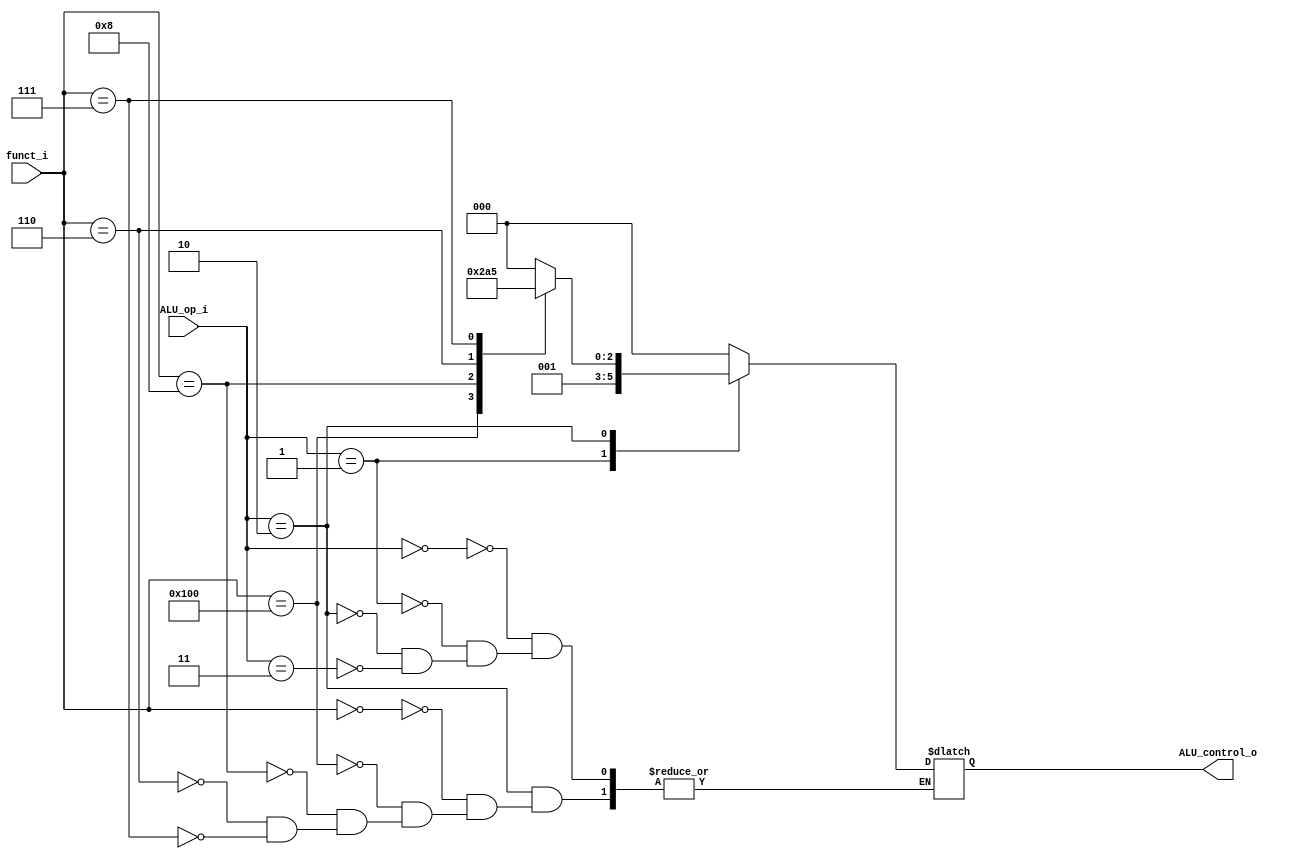
module ALUControl
(
  input [1:0] ALU_op_i,
  input [9:0] funct_i,
  output [2:0] ALU_control_o
);

reg [2:0] ALU_control;

parameter MEMORY = 2'b00;
parameter BRANCH = 2'b01;
parameter COMMON = 2'b10;
parameter IMMEDIATE = 2'b11;

parameter FUNCT_ADD = 10'b0000000000;
parameter FUNCT_SUB = 10'b0100000000;
parameter FUNCT_MUL = 10'b0000001000;
parameter FUNCT_OR  = 10'b0000000110;
parameter FUNCT_AND = 10'b0000000111;

parameter CTRL_ADD = 3'b000;
parameter CTRL_SUB = 3'b001;
parameter CTRL_MUL = 3'b010;
parameter CTRL_OR  = 3'b100;
parameter CTRL_AND = 3'b101;

assign ALU_control_o = ALU_control;

always @(ALU_op_i or funct_i) begin
  case (ALU_op_i)
  MEMORY: begin
    ALU_control <= CTRL_ADD;
  end
  BRANCH: begin
    ALU_control <= CTRL_SUB;
  end
  COMMON: begin
    case (funct_i)
    FUNCT_ADD: begin
      ALU_control <= CTRL_ADD;
    end
    FUNCT_SUB: begin
      ALU_control <= CTRL_SUB;
    end
    FUNCT_MUL: begin
      ALU_control <= CTRL_MUL;
    end
    FUNCT_OR: begin
      ALU_control <= CTRL_OR;
    end
    FUNCT_AND: begin
      ALU_control <= CTRL_AND;
    end
    endcase
  end
  IMMEDIATE: begin
    ALU_control <= CTRL_ADD;
  end
  endcase
end

endmodule